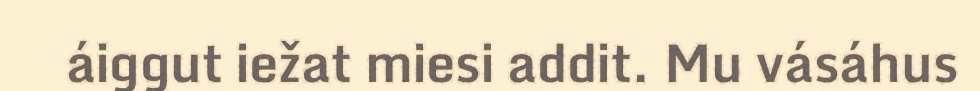
áiggut iežat miesi addit. Mu vásáhus